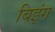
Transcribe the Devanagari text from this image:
बिइंग